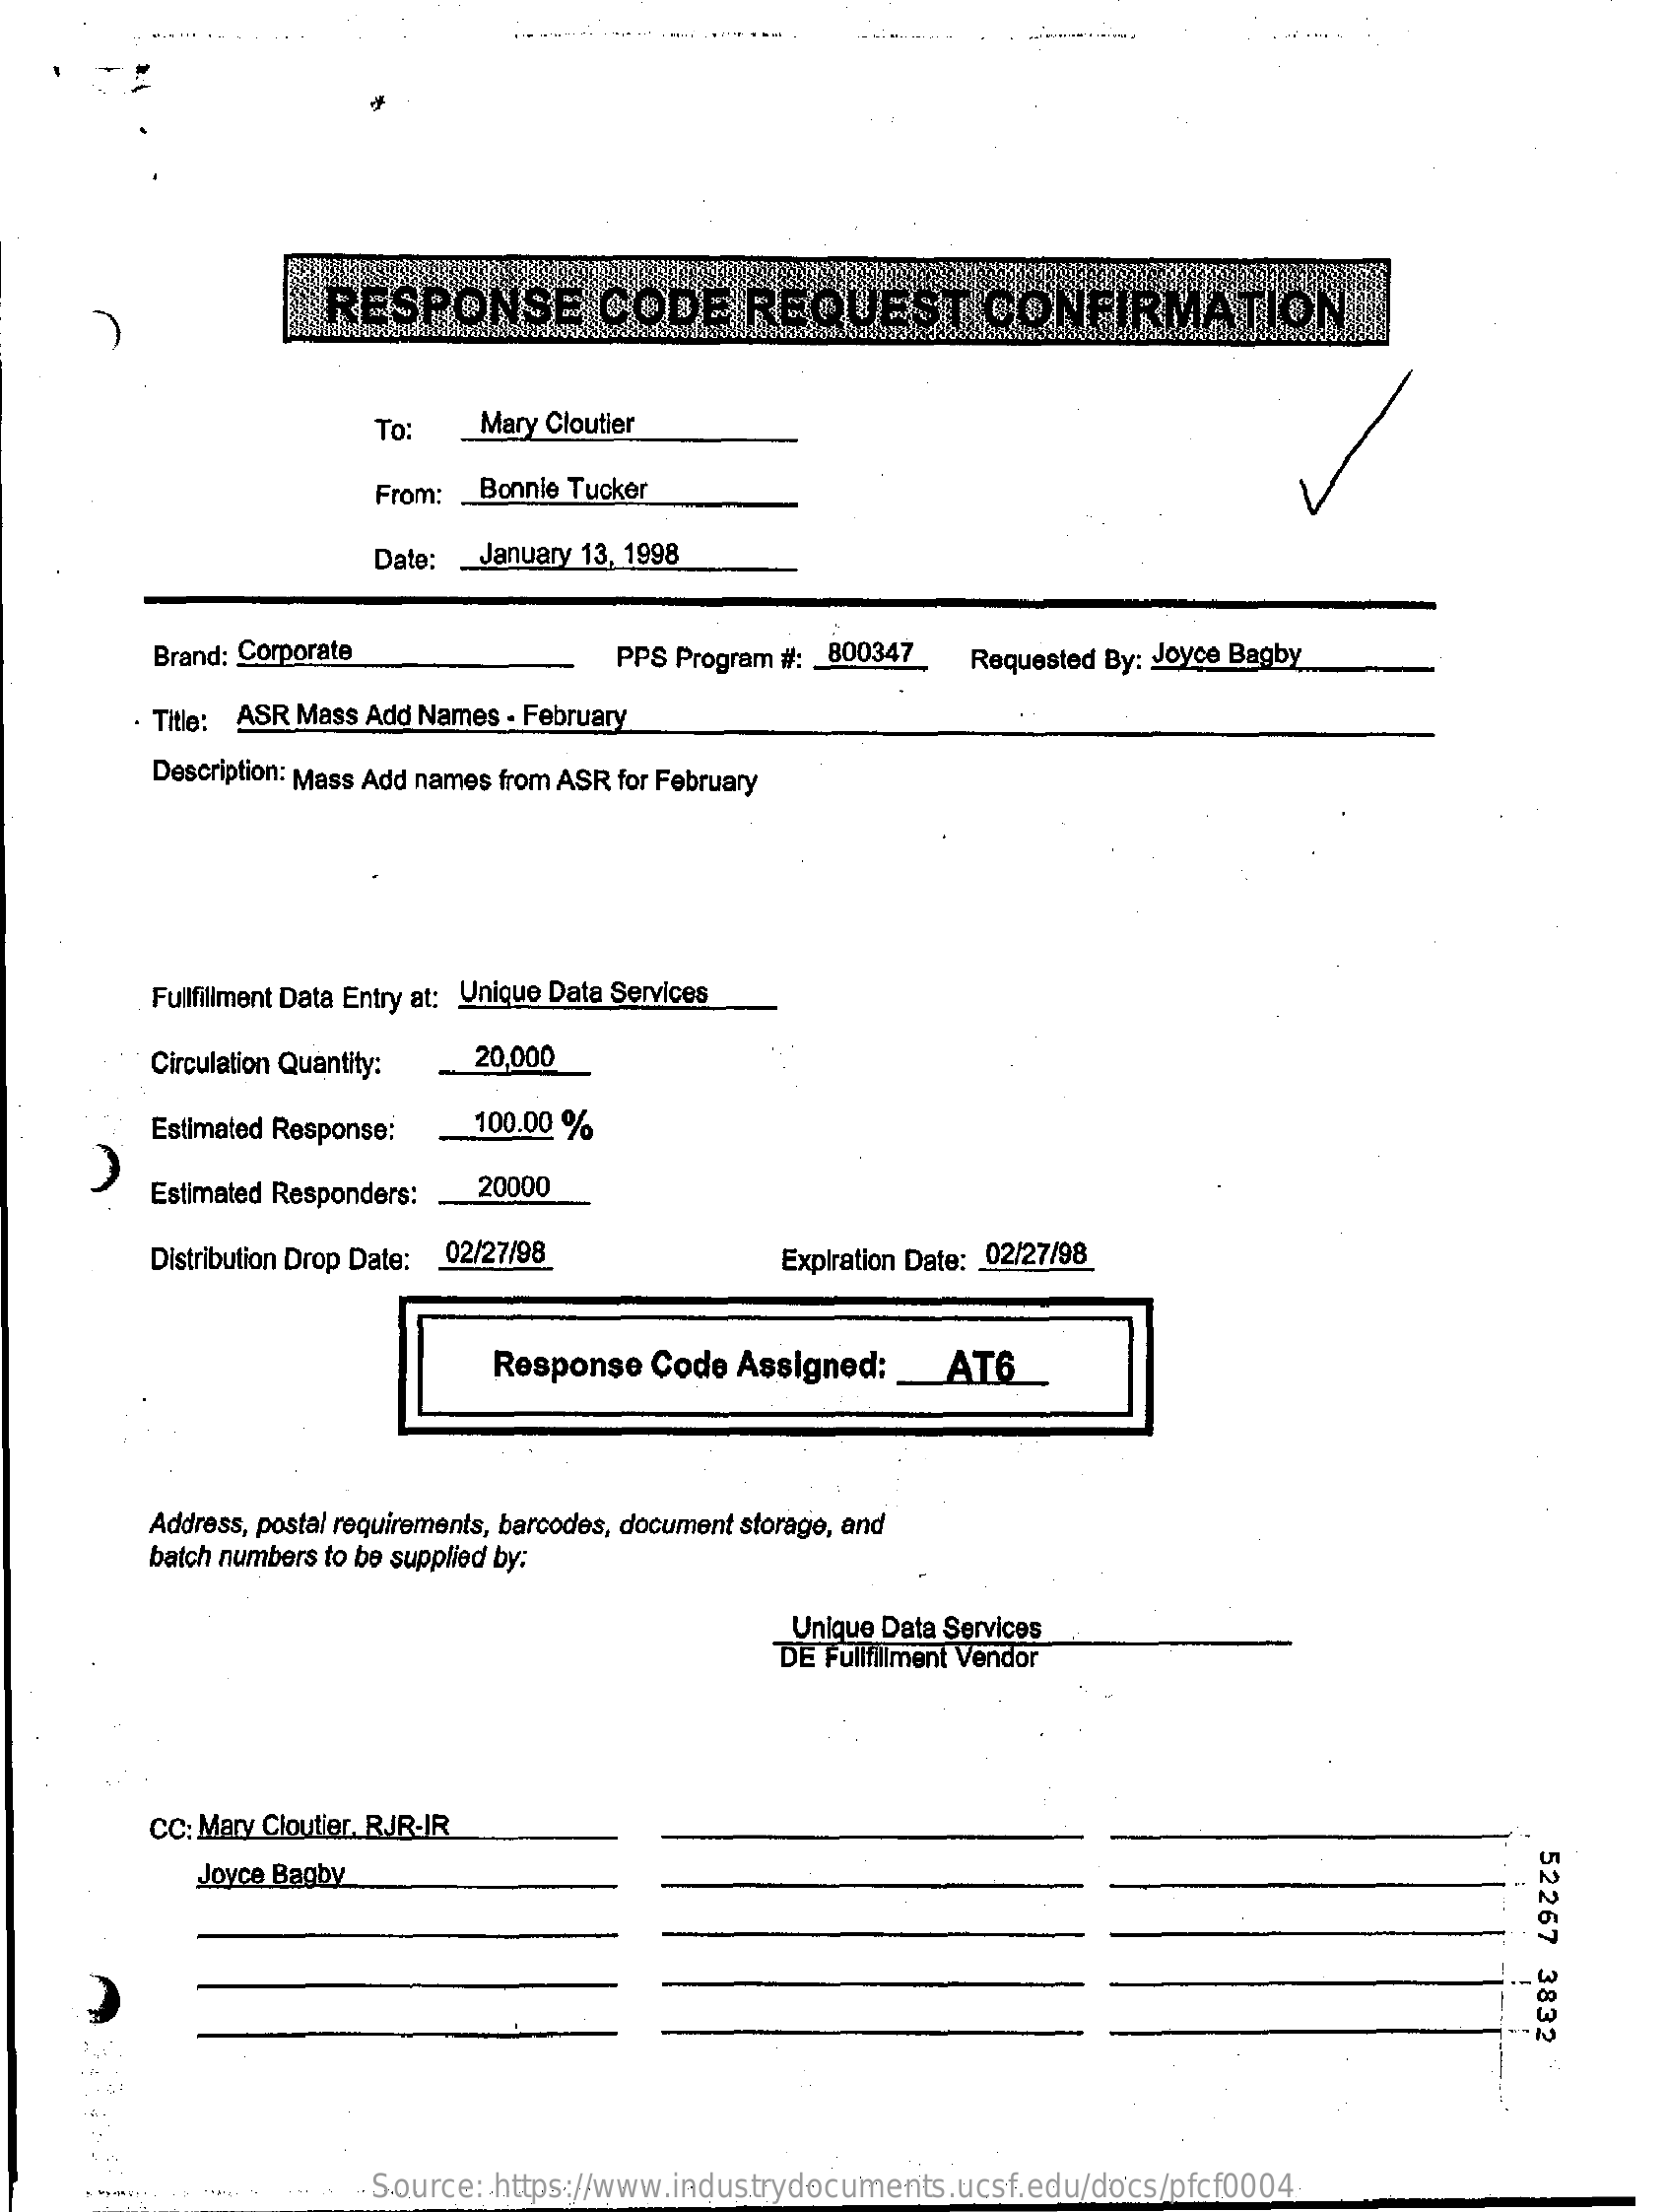
. - --
     RESPONSE    CODE    REQUEST    CONFIRMATION
     To:    Mary Cloutier
     From: _ Bonnie Tucker
     Date: _ January 13, 1998
     Brand: Corporate    PPS Program #: 800347 Requested By: Joyce Bagby
     Title: ASR Mass Add Names - February
     Description: Mass Add names from ASR for February
     Fullfillment Data Entry at: Unique Data Services
     Circulation Quantity: 20,000
     Estimated Response:  100.00 %
     Estimated Responders: 20000
     Distribution Drop Date: 02/27/98    Expiration Date: 02/27/98
     Response  Code Assigned:  _AT6
     Address, postal requirements, barcodes, document storage, and
     batch numbers to be supplied by:
     Unique Data Services
     DE Fullfillment Vendor
     CC: Mary Cloutier, RJR-IR
     52267
     3832
     Joyce Bagby
     Source: https://www.industrydocuments.ucsf.edu/docs/pfcf0004